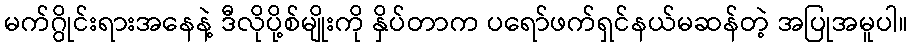
မက်ဂွိုင်းရားအနေနဲ့ ဒီလိုပို့စ်မျိုးကို နှိပ်တာက ပရော်ဖက်ရှင်နယ်မဆန်တဲ့ အပြုအမူပါ။